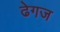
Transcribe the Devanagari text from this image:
ढेगज